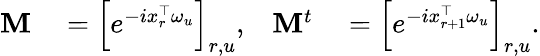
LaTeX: \begin{array}{rlrl}{\mathbf{M}}&{{}=\left[e^{-ix_{r}^{\top}\omega_{u}}\right]_{r,u},}&{\mathbf{M}^{t}}&{{}=\left[e^{-ix_{r+1}^{\top}\omega_{u}}\right]_{r,u}.}\end{array}